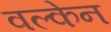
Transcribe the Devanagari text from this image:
वल्केन